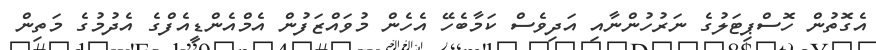
އެގޮތުން ހޮސްޕިޓަލުގެ ނަރުހުންނާއި އަދިވެސް ކަމާބެހޭ އެހެން މުވައްޒަފުން އެމްއެންޑީއެފްގެ އެދުމުގެ މަތިން